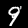
Label: 9